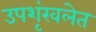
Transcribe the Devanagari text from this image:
उपशृंखलेत